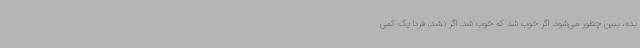
بده، ببین چطور می‌شود. اگر خوب شد که خوب شد. اگر نشد، فردا یک کمی